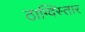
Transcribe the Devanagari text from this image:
ठाग्विस्तार